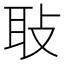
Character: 𦔼